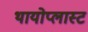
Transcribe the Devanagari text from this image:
थायोप्लास्ट